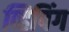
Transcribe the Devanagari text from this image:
व्हिपिंग